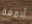
أدمغة